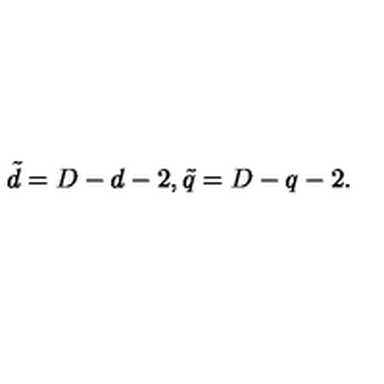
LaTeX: \tilde { d } = D - d - 2 , \tilde { q } = D - q - 2 .